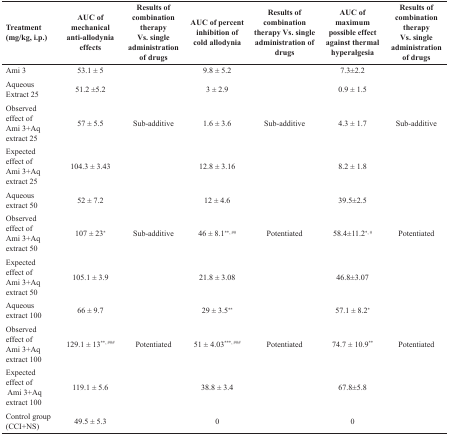
<table><thead><tr><td><b>Treatment(mg/kg, i.p.)</b></td><td><b>AUC of mechanical anti-allodynia effects</b></td><td><b>Results of combination therapy Vs. single administration of drugs</b></td><td><b>AUC ofpercent inhibitionof cold allodynia</b></td><td><b>Results of combination therapy Vs. single administration of drugs</b></td><td><b>AUC ofmaximum possible effect against thermal hyperalgesia</b></td><td><b>Results of combination therapy Vs. single administration of drugs</b></td></tr></thead><tbody><tr><td>Ami 3 </td><td>53.1 ± 5</td><td></td><td>9.8 ± 5.2</td><td></td><td>7.3±2.2</td><td></td></tr><tr><td>Aqueous Extract 25</td><td>51.2 ±5.2</td><td></td><td>3 ± 2.9</td><td></td><td>0.9 ± 1.5</td><td></td></tr><tr><td>Observed effect of Ami 3+Aq extract 25</td><td>57 ± 5.5</td><td>Sub-additive</td><td>1.6 ± 3.6</td><td>Sub-additive</td><td>4.3 ± 1.7</td><td>Sub-additive</td></tr><tr><td>Expected effect of Ami 3+Aq extract 25</td><td>104.3 ± 3.43</td><td></td><td>12.8 ± 3.16</td><td></td><td>8.2 ± 1.8</td><td></td></tr><tr><td>Aqueous extract 50</td><td>52 ± 7.2</td><td></td><td>12 ± 4.6</td><td></td><td>39.5±2.5</td><td></td></tr><tr><td>Observed effect ofAmi 3+Aq extract 50</td><td>107 ± 23*</td><td>Sub-additive</td><td>46 ± 8.1**, ##</td><td>Potentiated</td><td>58.4±11.2*, #</td><td>Potentiated</td></tr><tr><td>Expected effect of Ami 3+Aq extract 50</td><td>105.1 ± 3.9</td><td></td><td>21.8 ± 3.08</td><td></td><td>46.8±3.07</td><td></td></tr><tr><td>Aqueous extract 100</td><td>66 ± 9.7<sup>**, ###</sup></td><td></td><td>29 ± 3.5**</td><td></td><td>57.1 ± 8.2*</td><td></td></tr><tr><td>Observed effect ofAmi 3+Aq extract 100</td><td>129.1 ± 13</td><td>Potentiated</td><td>51 ± 4.03<b>***, ###</b></td><td>Potentiated</td><td>74.7 ± 10.9**</td><td>Potentiated</td></tr><tr><td>Expected effect of Ami 3+Aq extract 100</td><td>119.1 ± 5.6</td><td></td><td>38.8 ± 3.4</td><td></td><td>67.8±5.8</td><td></td></tr><tr><td>Control group (CCI+NS)</td><td>49.5 ± 5.3</td><td></td><td>0</td><td></td><td>0</td><td></td></tr></tbody></table>